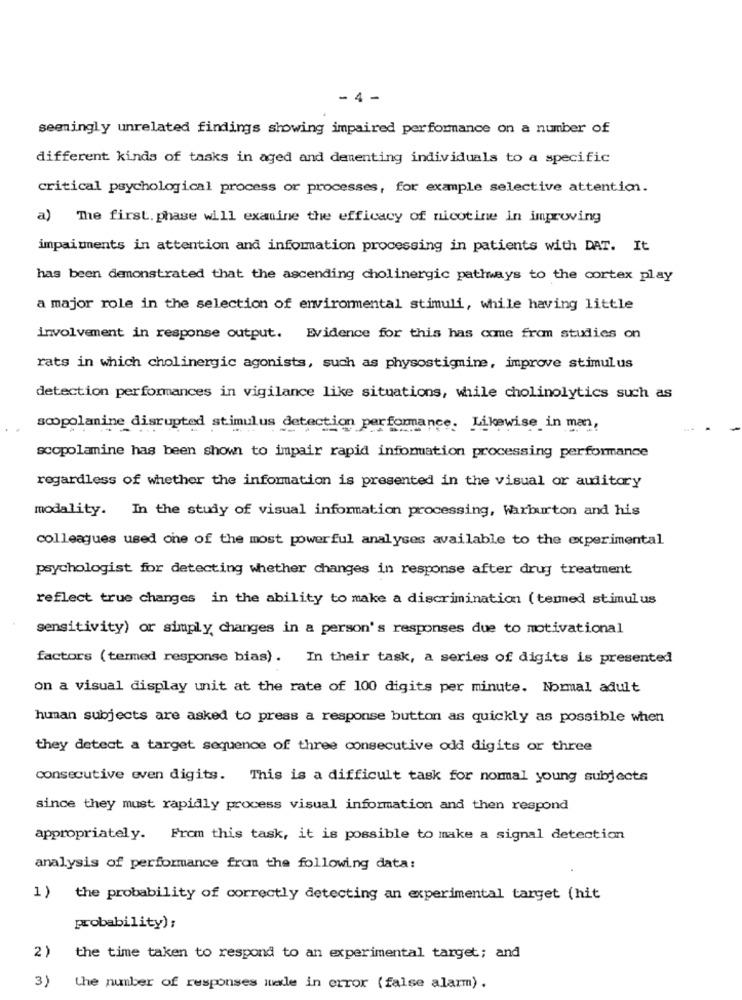
- 4 -
seemingly unrelated findings showing impaired performance on a number of
different kinds of tasks in aged and denenting individuals to a specific
critical psychological process or processes, for example selective attention.
a) The first. phase will examine the efficacy of nicotine in improving
impai ments in attention and information processing in patients with DAT. It
has been demonstrated that the ascending cholinergic pathways to the cortex play
a major role in the selection of environmental stimuli, while having little
involvement in response output. Evidence for this has come from studies on
rats in which cholinergic agonists, such as physostigmine, improve stimulus
detection performances in vigilance like situations, while cholinolytics such as
scopolamine disrupted stimulus detection performance. Likewise in man,
scopolamine has been shown to impair rapid information processing performance
regardless of whether the information is presented in the visual or auditory
modality. In the study of visual information processing, Warburton and his
colleagues used one of the most powerful analyses available to the experimental
psychologist for detecting whether changes in response after drug treatment
reflect true changes in the ability to make a discrimination (temed stimul us
sensitivity) or simply, changes in a person's responses due to motivational
factors (termed response bias). In their task, a series of digits is presented
on a visual display unit at the rate of 100 digits per minute. Normal adult
human subjects are asked to press a response button as quickly as possible when
they detect a target sequence of three consecutive odd digits or three
consecutive even digits. This is a difficult task for nommal young subjects
since they must rapidly process visual information and then respond
appropriately. From this task, it is possible to make a signal detection
analysis of performance from the following data:
1) the probability of correctly detecting an experimental target (hit
probability) ;
2)
the time taken to respond to an experimental target; and
3)
the number of responses made in error (false alarm) .